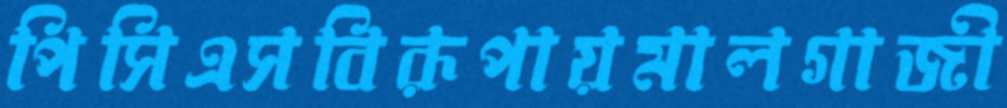
পিসিএসবিরূপায়মালগাজী